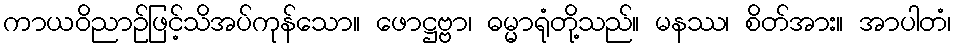
ကာယဝိညာဉ်ဖြင့်သိအပ်ကုန်သော။ ဖောဋ္ဌဗ္ဗာ၊ ဓမ္မာရုံတို့သည်။ မနဿ၊ စိတ်အား။ အာပါတံ၊